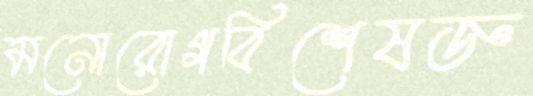
মনোরোগবিশেষজ্ঞ